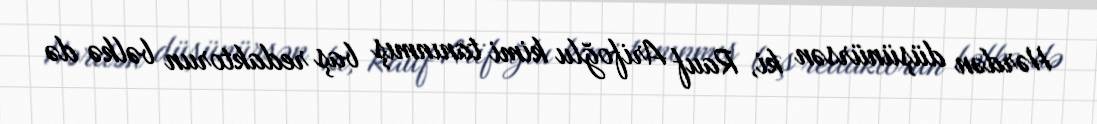
Hərdən düşünürsən ki, Rauf Arifoğlu kimi tanınmış baş redaktorun bəlkə də